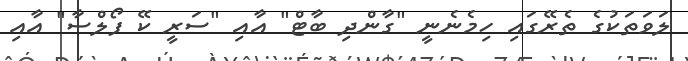
ލަވަތަކުގެ ތެރޭގައި ހިމެނެނީ "ގާންދި ބާޓް" އާއި "ސަރީ ކޭ ފޯލްސާ" އާއި